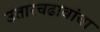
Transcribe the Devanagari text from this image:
उतारचढावांचा